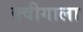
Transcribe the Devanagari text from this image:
क्वीगाला